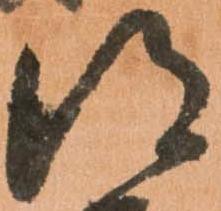
得